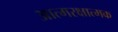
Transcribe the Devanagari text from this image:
आत्मरक्षात्मक